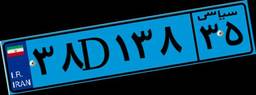
۷۷D۰۳۱۰۶